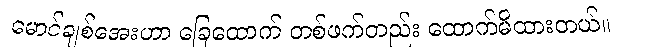
မောင်ချစ်အေးဟာ ခြေထောက် တစ်ဖက်တည်း ထောက်မိထားတယ်။